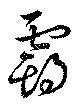
覇